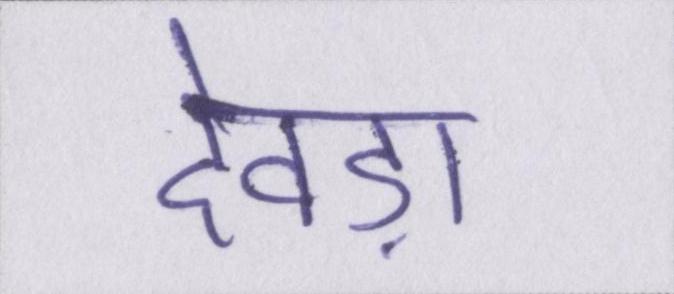
देवड़ा